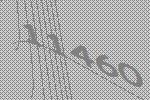
11460